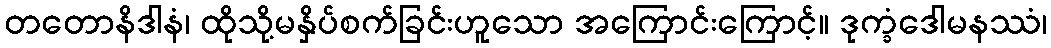
တတောနိဒါနံ၊ ထိုသို့မနှိပ်စက်ခြင်းဟူသော အကြောင်းကြောင့်။ ဒုက္ခံဒေါမနဿံ၊